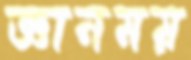
জ্ঞানময়